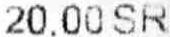
20.00 SR